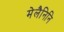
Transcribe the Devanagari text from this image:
मेलैनिनि